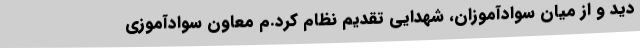
دید و از میان سوادآموزان، شهدایی تقدیم نظام کرد.م معاون سوادآموزی